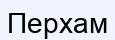
Перхам